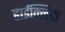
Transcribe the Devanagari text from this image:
हाईक्लिफ